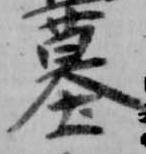
墓